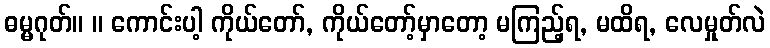
ဓမ္မဂုတ်။ ။ ကောင်းပါ့ ကိုယ်တော်, ကိုယ်တော့်မှာတော့ မကြည့်ရ, မထိရ, လေမှုတ်လဲ